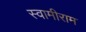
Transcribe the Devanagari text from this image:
स्वामीराम